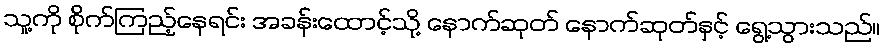
သူ့ကို စိုက်ကြည့်နေရင်း အခန်းထောင့်သို့ နောက်ဆုတ် နောက်ဆုတ်နှင့် ရွေ့သွားသည်။